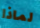
لماذا